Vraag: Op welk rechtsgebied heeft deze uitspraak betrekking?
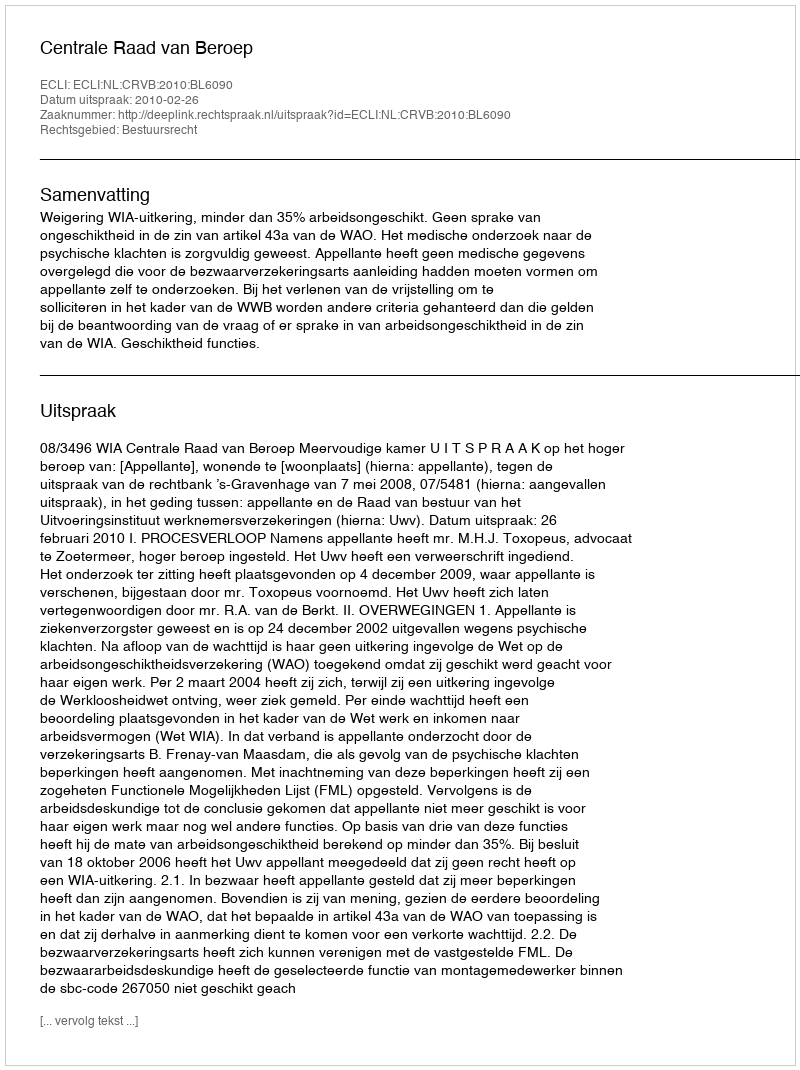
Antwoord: Bestuursrecht